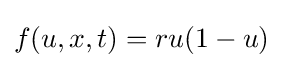
f(u,x,t)=ru(1-u)